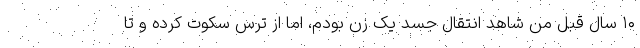
۱۰ سال قبل من شاهد انتقال جسد یک زن بودم، اما از ترس سکوت کرده و تا